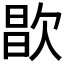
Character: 𣣘